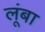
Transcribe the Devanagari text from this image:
लूंबा